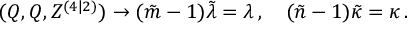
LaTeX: ( Q , Q , Z ^ { ( 4 | 2 ) } ) \rightarrow ( \tilde { m } - 1 ) \tilde { \lambda } = \lambda \, , \quad ( \tilde { n } - 1 ) \tilde { \kappa } = \kappa \, .